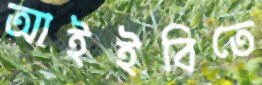
আইইবিতে